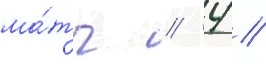
ма́тч // 4 //